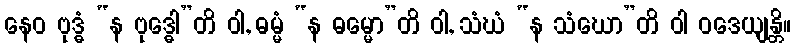
နေဝ ဗုဒ္ဓံ “န ဗုဒ္ဓေါ”တိ ဝါ, ဓမ္မံ “န ဓမ္မော”တိ ဝါ, သံဃံ “န သံဃော”တိ ဝါ ဝဒေယျန္တိ။